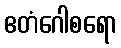
ဧတံဂေါစရော